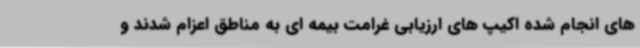
های انجام شده اکیپ های ارزیابی غرامت بیمه ای به مناطق اعزام شدند و